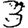
Digit: 3